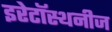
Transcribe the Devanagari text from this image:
इरेटॉस्थनीज